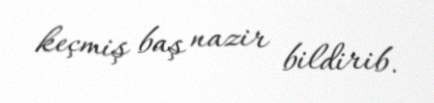
keçmiş baş nazir bildirib.